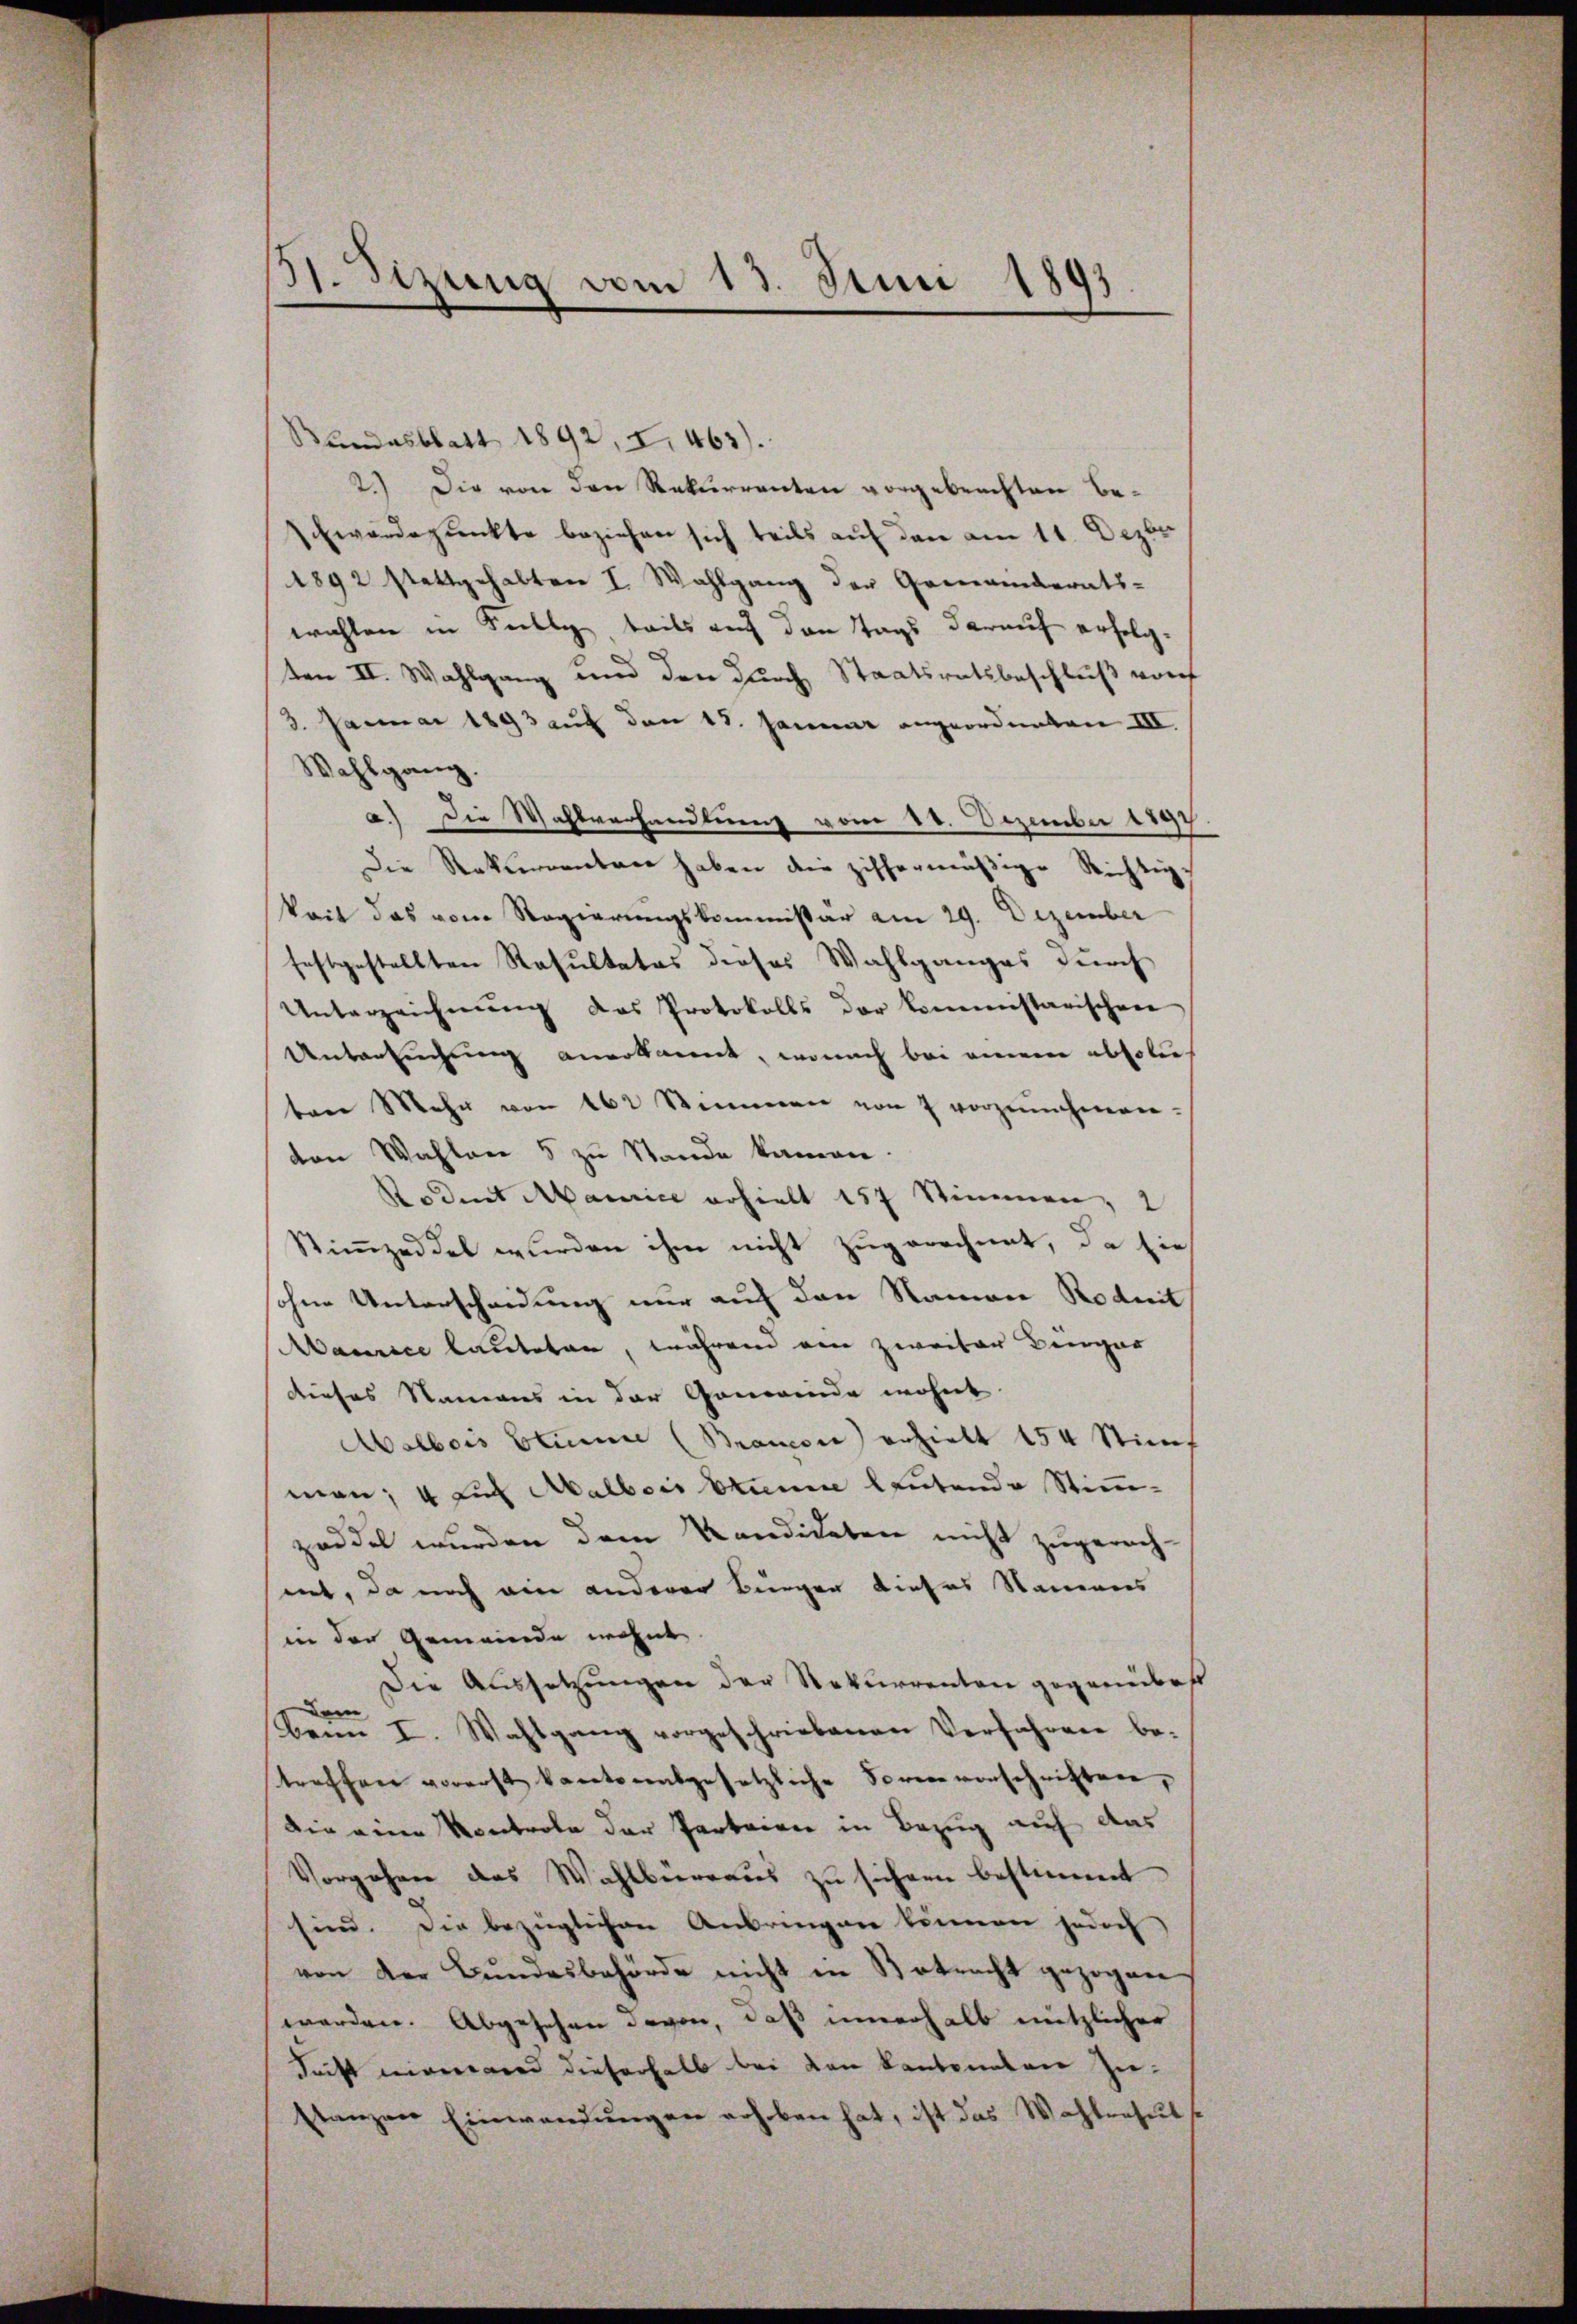
31. Sizung vom 13. Juni 1891

Bundesblatt 1892, I. 463).
2.) Die von den Rekurrenten vorgebrechten be¬
Ewärdepunkte beziehen sich teils auf den am 11. Dezbr.
1892 stattgehalten I. Wahlgang der Gemanderats-
wahlen in Fully, teils auf den Tags darauf erfolgten II. Wahlgang und den durch Staatsratsbeschluß vorf
3. Januar 1893 auf den 13. Januar angeordneten III.
Wahlgang.
a.) Die Wahlverhandlung vom 18. Dezember 1891
Die Rekurrenten haben die ziffermäßige Richtigkeit das vom Regierungskommissar am 29. Dezember
festgestellten Resultates dieses Wahlganges durch
Unterzeichnŭng das Protokolls der kommissarischen
Unterbrechung anerkannt, wonach bei einem absoluten Mehr von 162 Stimmen von 7 vorzŭnehmen-
von Wahlene 5 zu Stande kamen.
Rodnet Maurice erhielt 157 Stimmen, 2
Stimmzeddel wurden ihm nicht zugerechnet, da sie
sohne Unterscheidung nur auf den Namene Roduit
Maurice lauteten, während ein zweiter Beigar
dieses Namens in der Gemeinde wohnt
Malbois Stum (Bancore erhielt 154 Stim
man; 4 auf Malbois Stumme leutende Stimm-
zaddel wurden dem Kandideten nicht zugerech-
met, da noch ein anderer Bürger dieses Namens
in der Gemeinde wohnt
Die Aussetzungen der Rekurrenten gegenüberst
dem
Beim I. Wahlgang vorgeschriebenen Verfahren be-
treffen vorerst kantonalgesetzliche Formvorschriften,
Die eine Kontrole der Parteien in Bezug auf das
Vorgehen des Wahlbüreaus zu sichern bestimmt
sind. Die bezüglichen Anbringen können jedoch
von der Bundesbehörde nicht in Betracht gezogen
worden. Abgesehen davon, daß innerhalb nützlicher
Ficht niemand dieserhalb bei den kantonalten Zustanzen Einwendungen erhoben hat, ist das Wahlresul¬